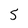
Character: 5